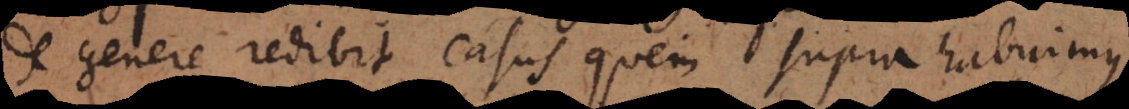
genere redibit casus quem supra habuimus,